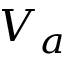
V _ { a }